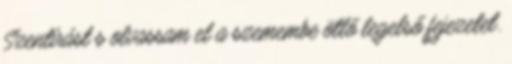
Szentírást s olvassam el a szemembe ötlő legelső fejezetet.